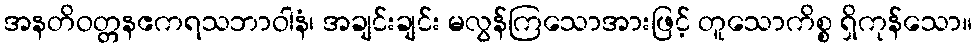
အနတိဝတ္တနဧကရသဘာဝါနံ၊ အချင်းချင်း မလွန်ကြသောအားဖြင့် တူသောကိစ္စ ရှိကုန်သော။